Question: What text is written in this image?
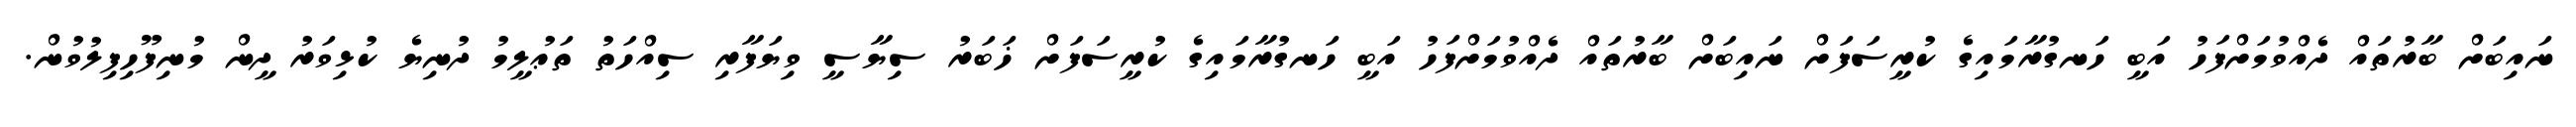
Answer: ނައިބަށް ބާރުތައް ދެއްވުމަށްފަހު އަބީ ހަނގުރާމައިގެ ކުރީސަފަށް ނައިބަށް ބާރުތައް ދެއްވުމަށްފަހު އަބީ ހަނގުރާމައިގެ ކުރީސަފަށް ޚަބަރު ސިޔާސީ ވިޔަފާރި ސިއްހަތު ތަޢުލީމު ދުނިޔެ ކުޅިވަރު ދީން މުނިފޫހިފިލުވުން.